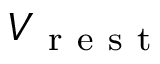
V _ { \mathrm { ~ r ~ e ~ s ~ t ~ } }